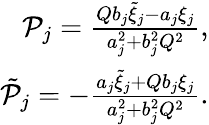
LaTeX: \begin{array}{r}{\mathcal{P}_{j}=\frac{Qb_{j}\tilde{\xi}_{j}-a_{j}\xi_{j}}{a_{j}^{2}+b_{j}^{2}Q^{2}},}\\ {\tilde{\mathcal{P}}_{j}=-\frac{a_{j}\tilde{\xi}_{j}+Qb_{j}\xi_{j}}{a_{j}^{2}+b_{j}^{2}Q^{2}}.}\end{array}